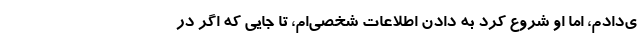
ی‌دادم، اما او شروع کرد به دادن اطلاعات شخصی‌ام، تا جایی که اگر در